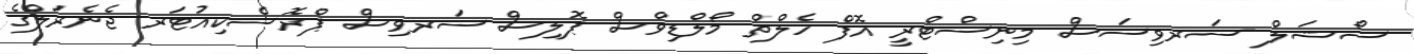
ސޯޝަލް ސަރވިސަސް މިނިސްޓްރީ އޮފް ހެލްތް މޯލްޑިވްސް ޕޮލިސް ސަރވިސް ޕްރޮސެކިއުޓަރ ޖެނެރަލްގެ